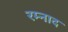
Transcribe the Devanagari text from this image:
रम्नाद